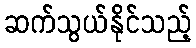
ဆက်သွယ်နိုင်သည့်